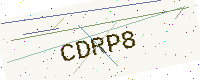
Text: CDRP8